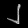
Digit: ၂